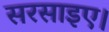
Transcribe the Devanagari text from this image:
सरसाइए।